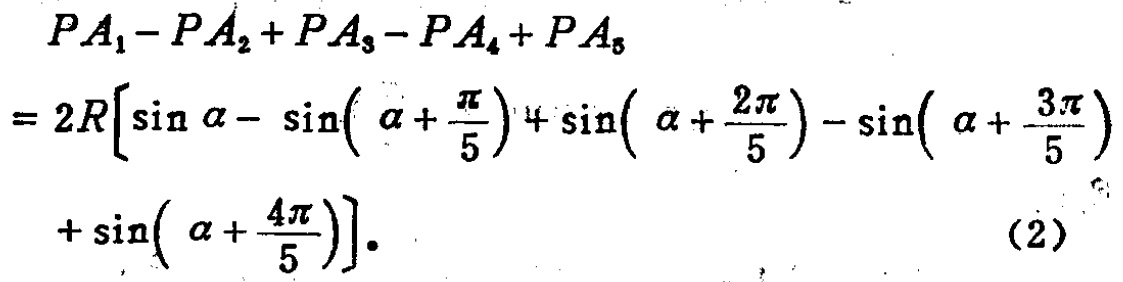
\[
\begin{align*}
&PA_1 - PA_2+PA_3 - PA_4+PA_5\\
=&2R\left[\sin\alpha-\sin\left(\alpha + \frac{\pi}{5}\right)+\sin\left(\alpha+\frac{2\pi}{5}\right)-\sin\left(\alpha+\frac{3\pi}{5}\right)\right.\\
&\left.+\sin\left(\alpha+\frac{4\pi}{5}\right)\right].
\end{align*}
\]